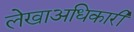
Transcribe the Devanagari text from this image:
लेखाअधिकारी